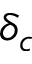
\delta _ { c }